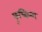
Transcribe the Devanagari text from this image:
फुच्किन्ग